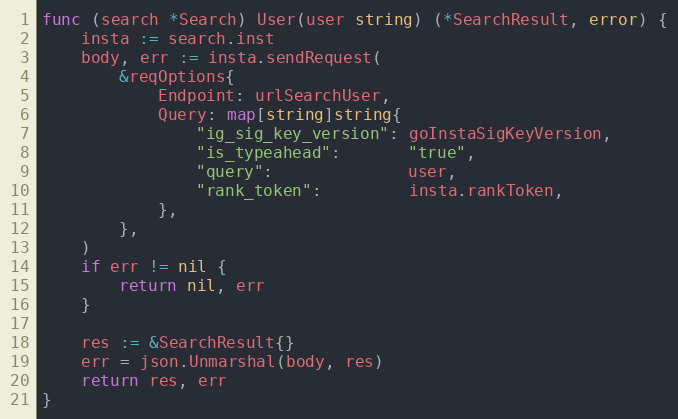
Language: Go
func (search *Search) User(user string) (*SearchResult, error) {
	insta := search.inst
	body, err := insta.sendRequest(
		&reqOptions{
			Endpoint: urlSearchUser,
			Query: map[string]string{
				"ig_sig_key_version": goInstaSigKeyVersion,
				"is_typeahead":       "true",
				"query":              user,
				"rank_token":         insta.rankToken,
			},
		},
	)
	if err != nil {
		return nil, err
	}

	res := &SearchResult{}
	err = json.Unmarshal(body, res)
	return res, err
}